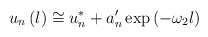
\begin{align*}u_{n}\left( l\right) \cong u_{n}^{*}+a_{n}^{\prime }\exp \left( -\omega_{2}l\right)\end{align*}